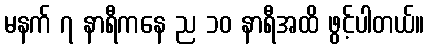
မနက် ၇ နာရီကနေ ည ၁၀ နာရီအထိ ဖွင့်ပါတယ်။